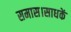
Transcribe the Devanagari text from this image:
समास।साधकें